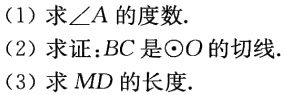
(1) 求\(\angle A\)的度数.

(2) 求证：\(BC\)是\(\odot O\)的切线.

(3) 求\(MD\)的长度.